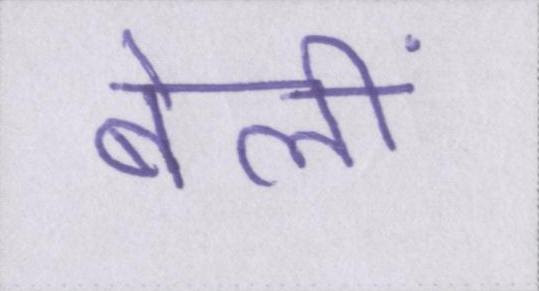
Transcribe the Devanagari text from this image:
बेलीं